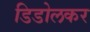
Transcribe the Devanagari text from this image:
डिडोलकर